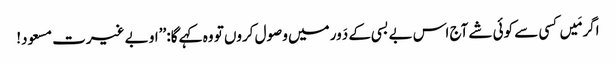
اگر مَیں کسی سے کوئی شے آج اس بے بسی کے دَور میں وصول کروں تو وہ کہے گا: ’’او بے غیرت مسعود!